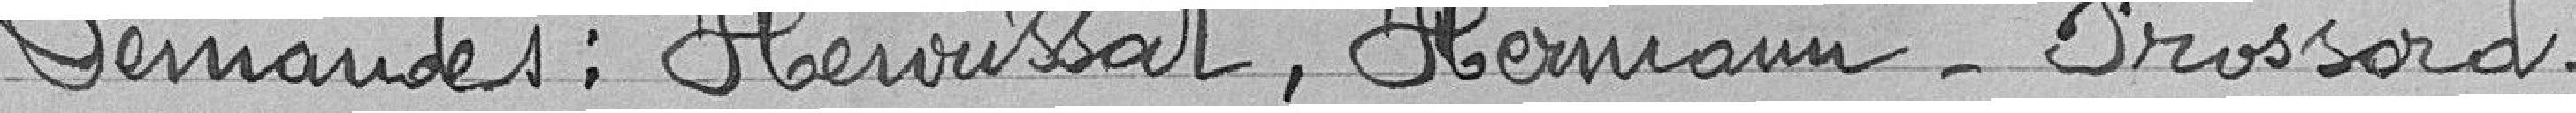
Demandes : Henrissat, Hermann, Frossard